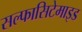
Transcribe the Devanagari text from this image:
सल्फासिटेमाइड